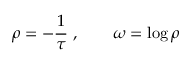
\rho = - { \frac { 1 } { \tau } } \ , \qquad \omega = \log \rho